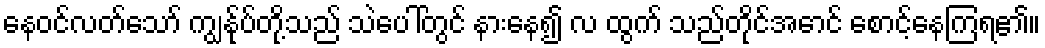
နေဝင်လတ်သော် ကျွန်ုပ်တို့သည် သဲပေါ်တွင် နားနေ၍ လ ထွက် သည်တိုင်အောင် စောင့်နေကြရ၏။